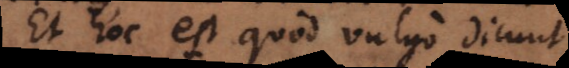
Et hoc est quod vulgo dicunt